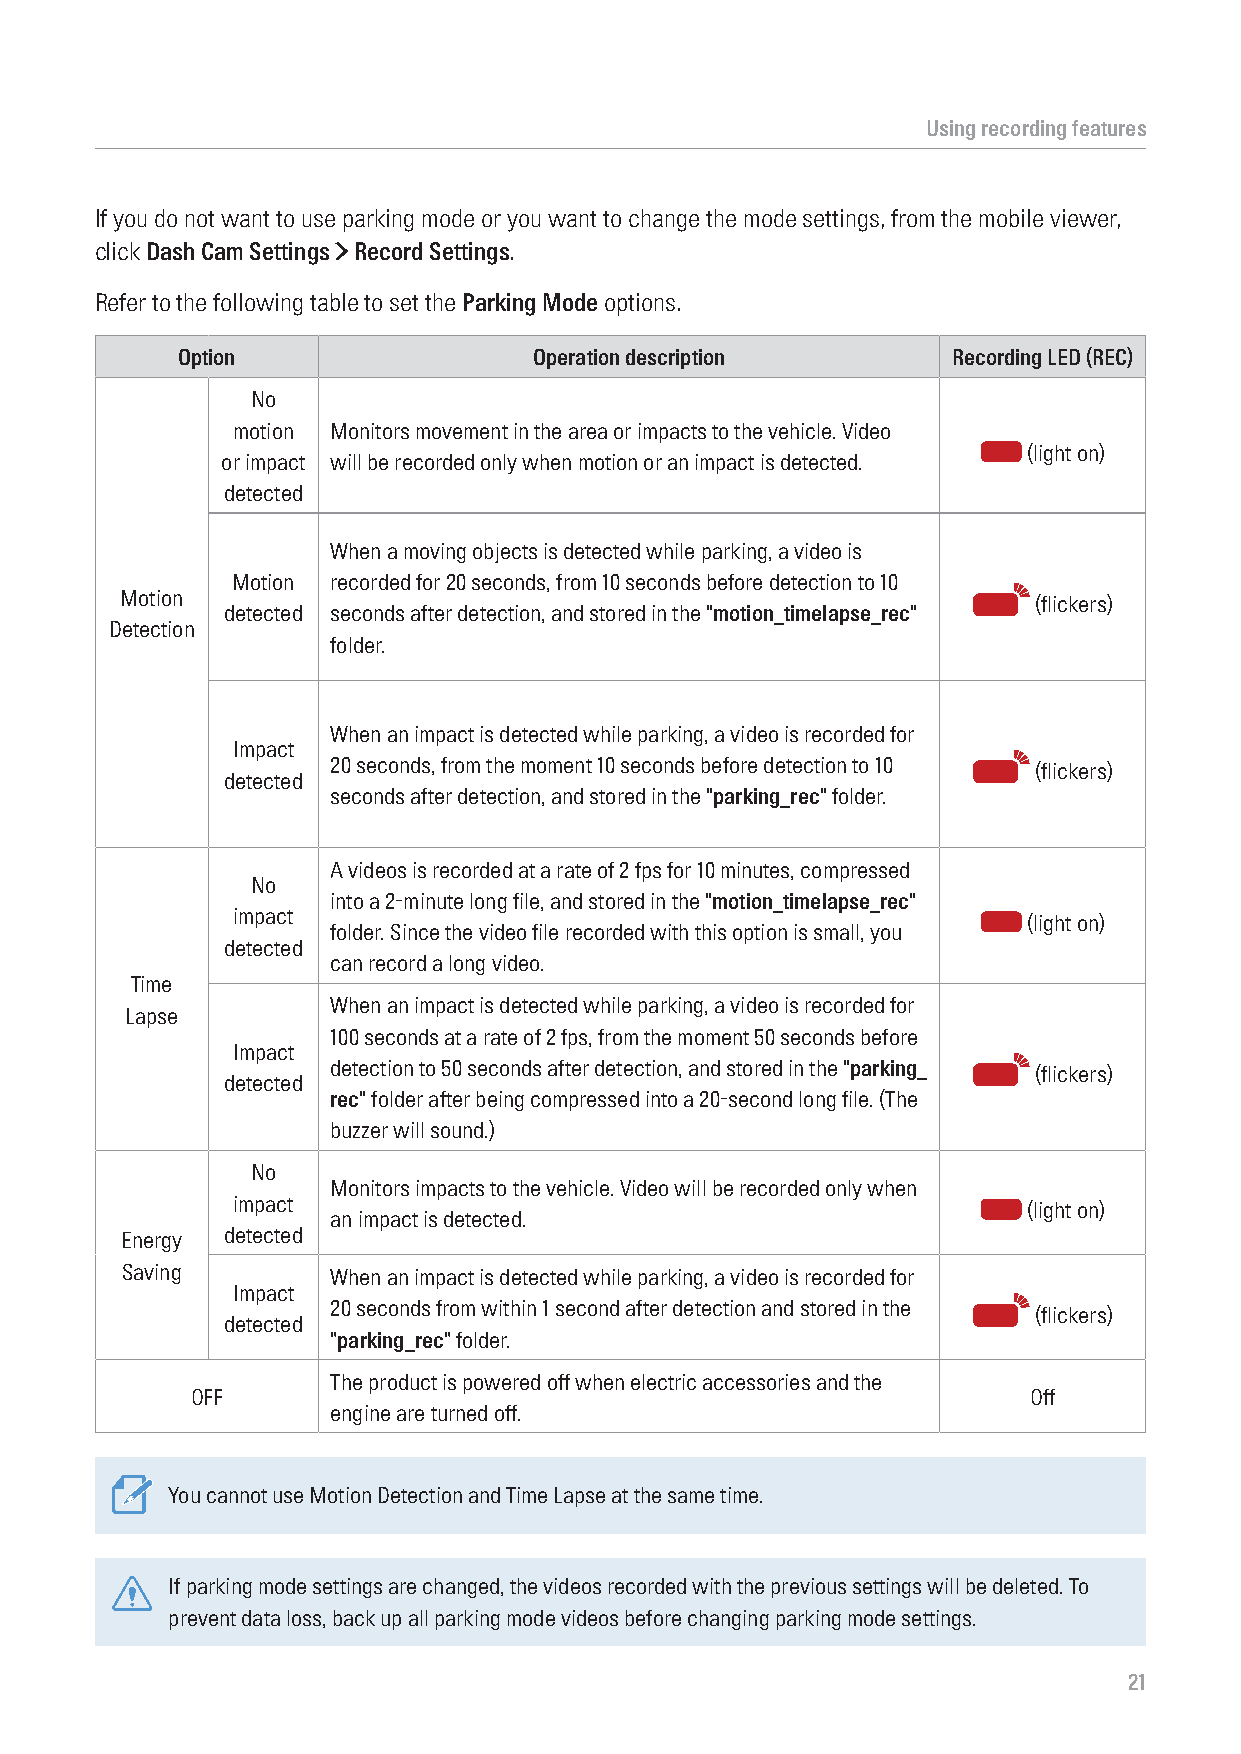
Using recording features
 If you do not want to use parking mode or you want to change the mode settings, from the mobile viewer,
 click Dash Cam Settings > Record Settings.
 Refer to the following table to set the Parking Mode options.
 Option                 Operation description       Recording LED (REC)
 No
 motion Monitors movement in the area or impacts to the vehicle. Video
 (light on)
 or impact will be recorded only when motion or an impact is detected.
 detected
 When a moving objects is detected while parking, a video is
 Motion recorded for 20 seconds, from 10 seconds before detection to 10
 Motion
 (flickers)
 detected seconds after detection, and stored in the "motion_timelapse_rec"
 Detection
 folder.
 When an impact is detected while parking, a video is recorded for
 Impact
 20 seconds, from the moment 10 seconds before detection to 10
 (flickers)
 detected
 seconds after detection, and stored in the "parking_rec" folder.
 A videos is recorded at a rate of 2 fps for 10 minutes, compressed
 No
 into a 2-minute long file, and stored in the "motion_timelapse_rec"
 impact
 (light on)
 folder. Since the video file recorded with this option is small, you
 detected
 can record a long video.
 Time
 When an impact is detected while parking, a video is recorded for
 Lapse
 100 seconds at a rate of 2 fps, from the moment 50 seconds before
 Impact
 detection to 50 seconds after detection, and stored in the "parking_
 (flickers)
 detected
 rec" folder after being compressed into a 20-second long file. (The
 buzzer will sound.)
 No
 Monitors impacts to the vehicle. Video will be recorded only when
 impact
 (light on)
 an impact is detected.
 Energy detected
 Saving        When an impact is detected while parking, a video is recorded for
 Impact
 20 seconds from within 1 second after detection and stored in the
 (flickers)
 detected
 "parking_rec" folder.
 The product is powered off when electric accessories and the
 OFF                                                    Off
 engine are turned off.
 You cannot use Motion Detection and Time Lapse at the same time.
 If parking mode settings are changed, the videos recorded with the previous settings will be deleted. To
 prevent data loss, back up all parking mode videos before changing parking mode settings.
 21